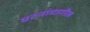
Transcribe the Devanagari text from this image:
घटनांमागील